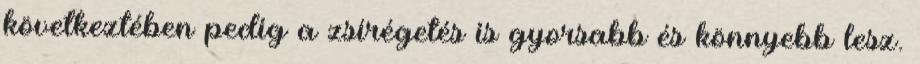
következtében pedig a zsírégetés is gyorsabb és könnyebb lesz.